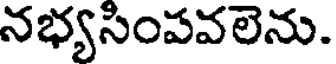
నభ్యసింపవలెను.